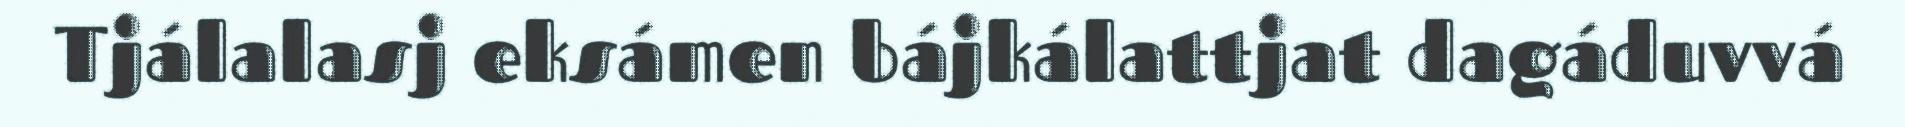
Tjálalasj eksámen bájkálattjat dagáduvvá